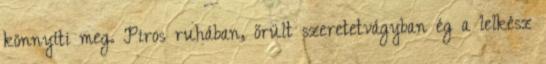
könnyíti meg. Piros ruhában, őrült szeretetvágyban ég a lelkész